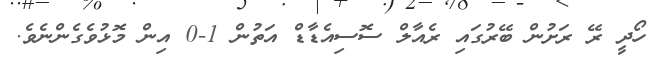
ހޯދީ ރޭ ރަށުން ބޭރުގައި ރެއާލް ސޮސިއެޑާޑް އަތުން 1-0 އިން މޮޅުވެގެންނެވެ.